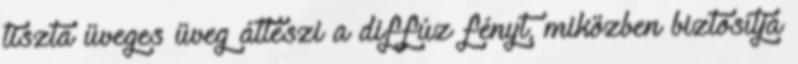
tiszta üveges üveg átteszi a diffúz fényt, miközben biztosítja